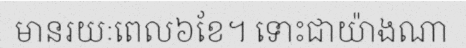
មានរយៈពេល៦ខែ។ ទោះជាយ៉ាងណា